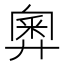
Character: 𢍢